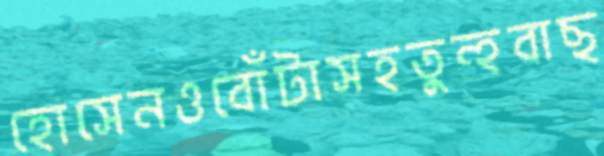
হোসেনওবোঁটাসহতুন্হবাছ